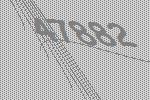
47882